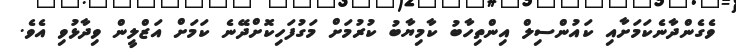
ވެގެންދާނެކަމަށާއި ކައުންސިލް އިންތިހާބު ކާމިޔާބު ކުރުމަށް މަގުފަހިކޮށްދޭނެ ކަމަށް އަޒްލީން ވިދާޅުވި އެވެ.